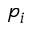
p _ { i }